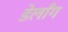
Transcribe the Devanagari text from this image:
डेलाँग